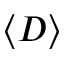
\left< D \right>